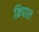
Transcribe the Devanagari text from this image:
क्रिपाल